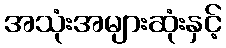
အသုံးအများဆုံးနှင့်